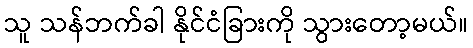
သူ သန်ဘက်ခါ နိုင်ငံခြားကို သွားတော့မယ်။